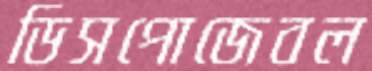
ডিসপোজেবল